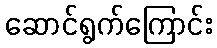
ဆောင်ရွက်ကြောင်း